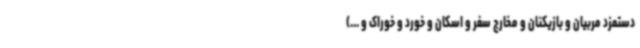
دستمزد مربیان و بازیکنان و مخارج سفر و اسکان و خورد و خوراک و ...)